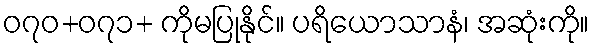
၀၇၀+၀၇၁+ ကိုမပြုနိုင်။ ပရိယောသာနံ၊ အဆုံးကို။